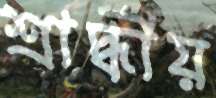
শ্রাদ্ধীয়